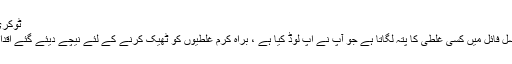
ٹوکری میں شامل کریں'.
اگر ہمارا سسٹم ایکسل فائل میں کسی غلطی کا پتہ لگاتا ہے جو آپ نے اپ لوڈ کیا ہے ، براہ کرم غلطیوں کو ٹھیک کرنے کے لئے نیچے دیئے گئے اقدامات پر عمل کریں۔